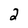
Character: 2